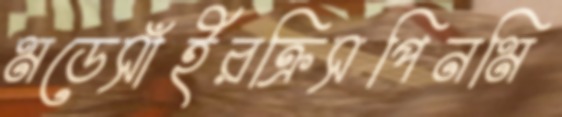
মডেসাঁইরক্রিসপিনমি